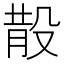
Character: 𣪚